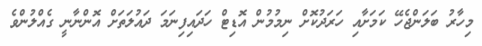
މިހާރު ބަލަންޖެހޭ ކަމަށާއި ހަރަދުކޮށް ނިމުމުން އޮޑިޓް ހަދަައިފިނަމަ ދައުލަތަށް އޮންނާނީ ގެއްލުންވެ